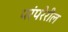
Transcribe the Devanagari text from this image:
परंपरेरील